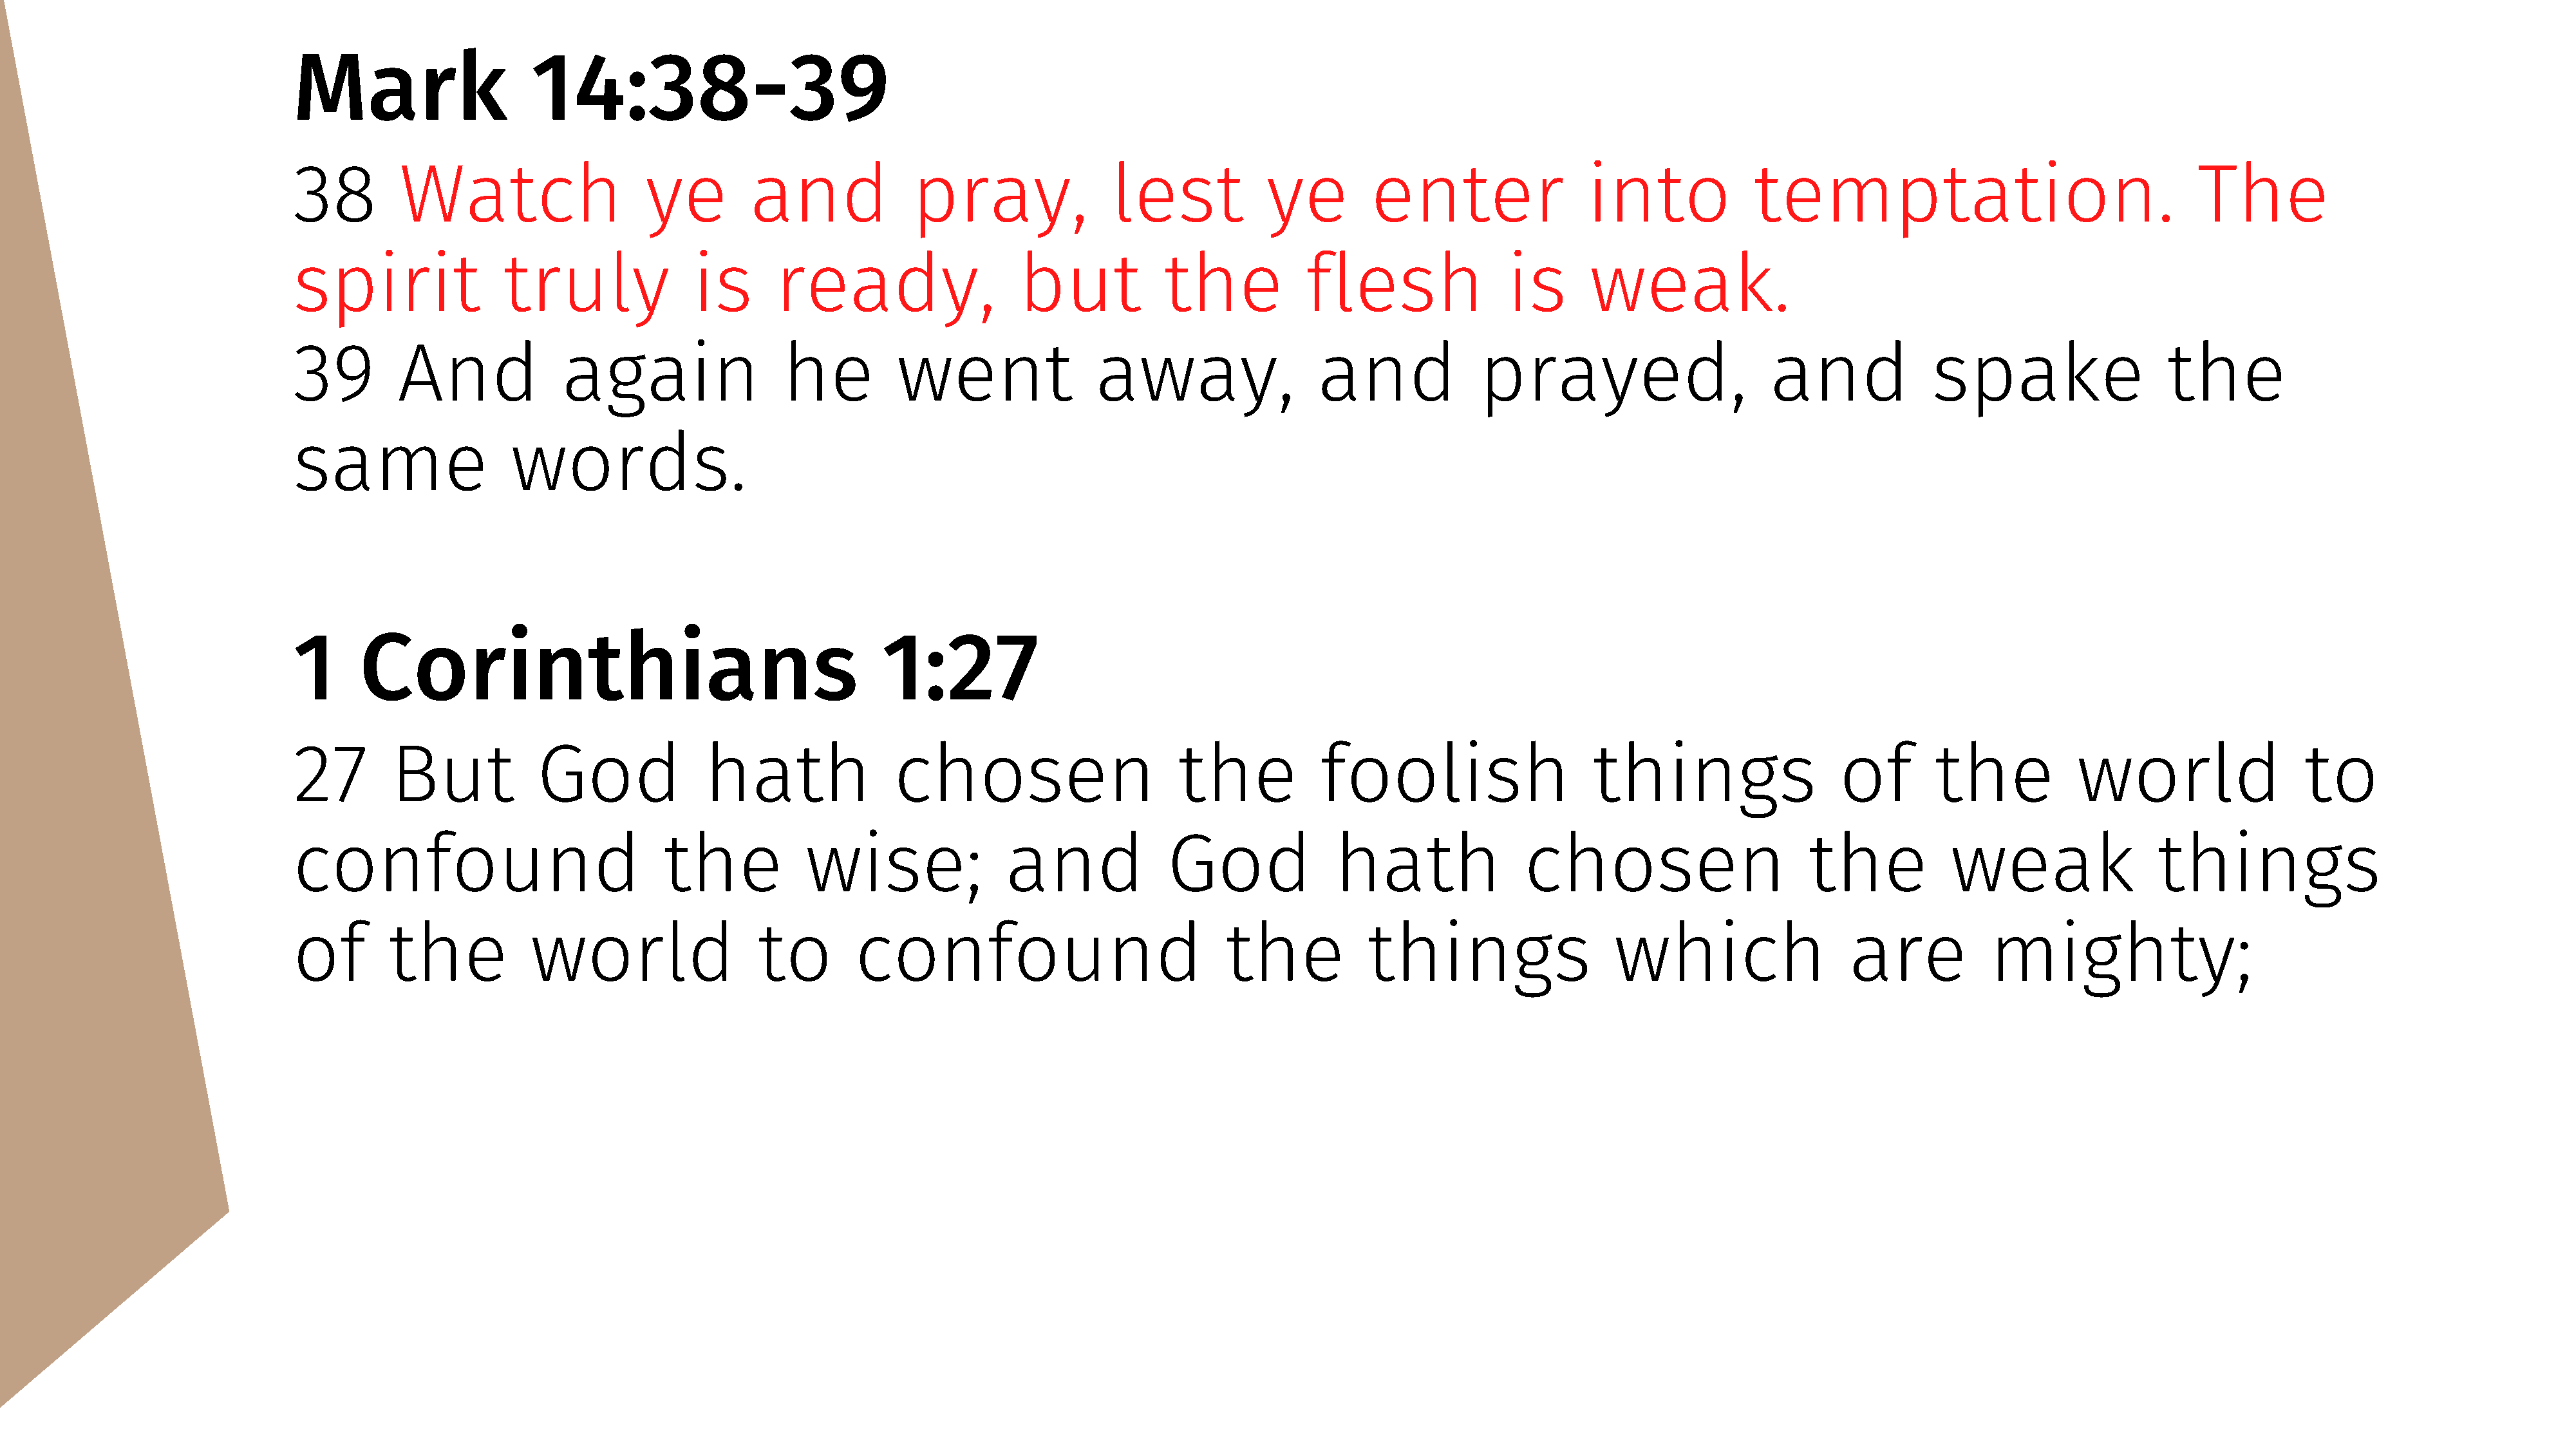
Mark                     14:38-39
 38         Watch                    ye         and              pray,               lest            ye         enter                 into             temptation.                                   The
 spirit                truly              is       ready,                   but            the           flesh                is      weak.
 39         And              again                 he          went                 away,                 and              prayed,                       and              spake                   the
 same                  words.
 1      Corinthians                                           1:27
 27        But            God              hath                chosen                       the            foolish                     things                   of        the           world                   to
 confound                              the            wise;               and              God              hath                chosen                       the           weak                  things
 of        the            world                  to        confound                              the            things                   which                   are            mighty;